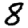
Digit: 8